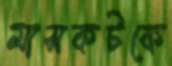
মাসকটকে